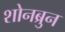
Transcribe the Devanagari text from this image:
शोनब्रुन